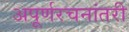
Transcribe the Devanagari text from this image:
अपूर्णरचनांतरी